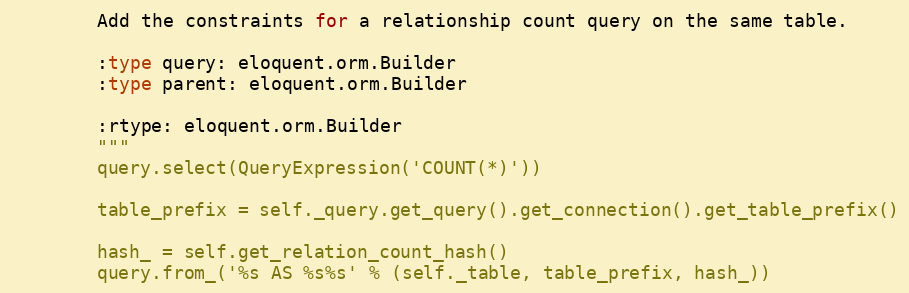
Language: Python
        Add the constraints for a relationship count query on the same table.

        :type query: eloquent.orm.Builder
        :type parent: eloquent.orm.Builder

        :rtype: eloquent.orm.Builder
        """
        query.select(QueryExpression('COUNT(*)'))

        table_prefix = self._query.get_query().get_connection().get_table_prefix()

        hash_ = self.get_relation_count_hash()
        query.from_('%s AS %s%s' % (self._table, table_prefix, hash_))